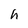
Character: h